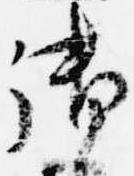
御